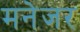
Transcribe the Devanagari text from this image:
मनेजर